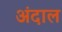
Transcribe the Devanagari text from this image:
अंदाल